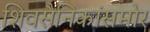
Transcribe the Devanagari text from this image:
शिवसैनिकांसमोर